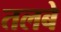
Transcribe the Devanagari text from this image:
तलबे